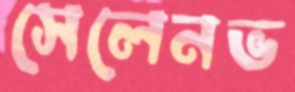
সেলেনভ